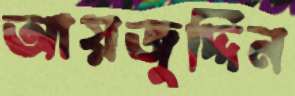
আয়জুদ্দিন